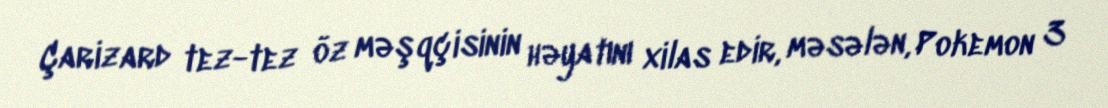
Çarizard tez-tez öz məşqçisinin həyatını xilas edir, məsələn, Pokemon 3